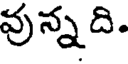
వున్న ది.